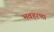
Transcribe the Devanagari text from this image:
भवहरणा